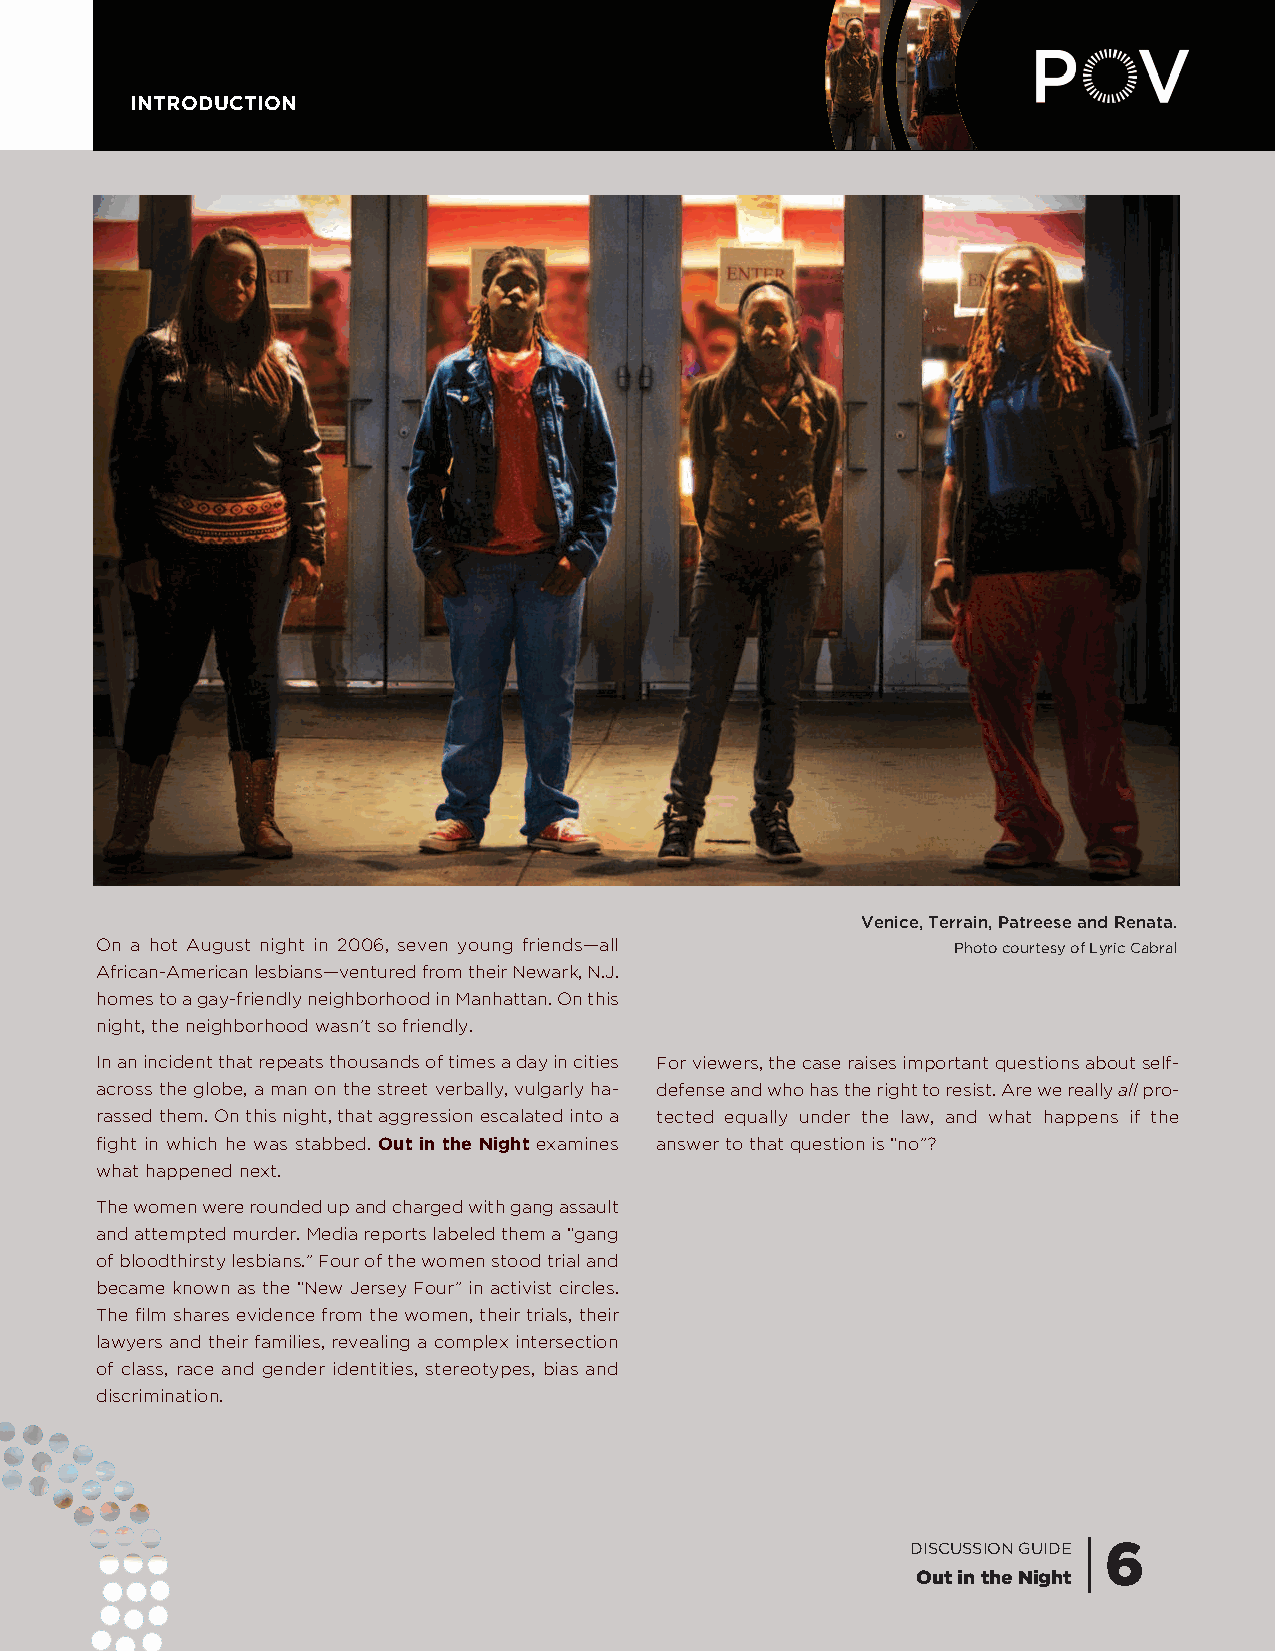
INTRODUCTION
 Venice, Terrain, Patreese and Renata.
 On a hot August night in 2006, seven young friends—all   Photo courtesy of Lyric Cabral
 African-American lesbians—ventured from their Newark, N.J.
 homes to a gay-friendly neighborhood in Manhattan. On this
 night, the neighborhood wasn’t so friendly.
 In an incident that repeats thousands of times a day in cities For viewers, the case raises important questions about self-
 across the globe, a man on the street verbally, vulgarly ha- defense and who has the right to resist. Are we really allpro-
 rassed them. On this night, that aggression escalated into a tected equally under the law, and what happens if the
 fight in which he was stabbed. Out in the Night examines answer to that question is “no”?
 what happened next.
 The women were rounded up and charged with gang assault
 and attempted murder. Media reports labeled them a “gang
 of bloodthirsty lesbians.” Four of the women stood trial and
 became known as the “New Jersey Four” in activist circles.
 The film shares evidence from the women, their trials, their
 lawyers and their families, revealing a complex intersection
 of class, race and gender identities, stereotypes, bias and
 discrimination.
 DISCUSSION GUIDE | 6
 Out in the Night